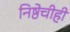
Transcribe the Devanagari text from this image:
निष्ठेचीही